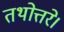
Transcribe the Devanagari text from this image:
तथोत्तरे।